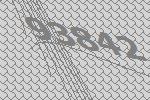
93842